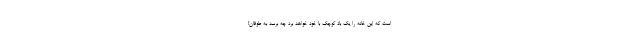
است که این خانه را یک باد کوچک با خود خواهد برد چه برسد به طوفان!